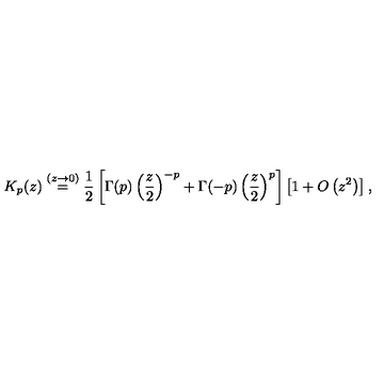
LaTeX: K _ { p } ( z ) \stackrel { ( z \rightarrow 0 ) } { = } \frac { 1 } { 2 } \left[ \Gamma ( p ) \left( \frac { z } { 2 } \right) ^ { - p } + \Gamma ( - p ) \left( \frac { z } { 2 } \right) ^ { p } \right] \left[ 1 + O \left( z ^ { 2 } \right) \right] ,